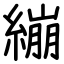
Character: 繃